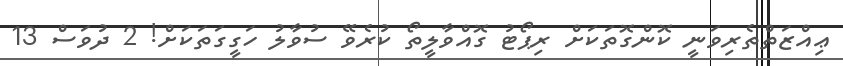
ޢިއްޒަތްތެރިވަނީ ކޮންގޮތަކަށް ރިޕޯޓު ގޮއްވާލީތޯ ކުރެވޭ ސުވާލު ހަގީގަތަކަށް! 2 ދުވަސް 13